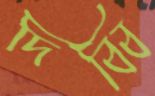
দিব্বি